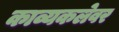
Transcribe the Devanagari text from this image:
काव्यकलेवर